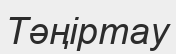
Тәңіртау